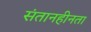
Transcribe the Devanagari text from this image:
संतानहीनता